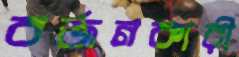
বর্জনকারী